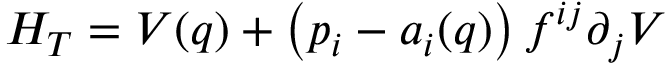
H _ { T } = V ( q ) + \left( p _ { i } - a _ { i } ( q ) \right) f ^ { i j } \partial _ { j } V